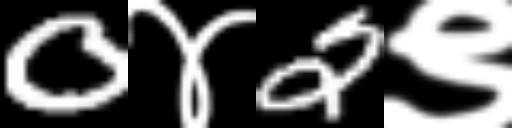
Text: 0४2९